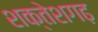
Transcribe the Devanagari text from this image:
शक्तेशगढ़